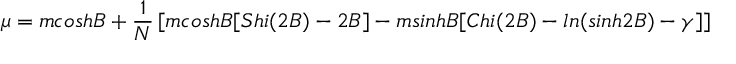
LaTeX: \mu = m c o s h B + \frac { 1 } { N } \left[ m c o s h B [ S h i ( 2 B ) - 2 B ] - m s i n h B [ C h i ( 2 B ) - l n ( s i n h 2 B ) - \gamma ] \right]